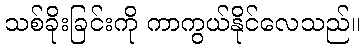
သစ်ခိုးခြင်းကို ကာကွယ်နိုင်လေသည်။